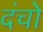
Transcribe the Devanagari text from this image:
दंचो